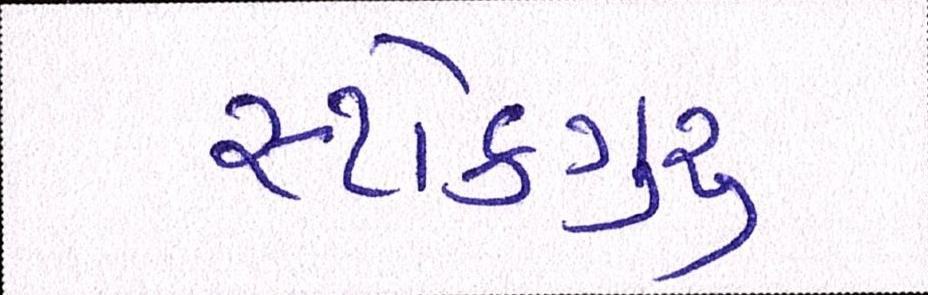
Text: સ્ટોકગુરૃ